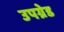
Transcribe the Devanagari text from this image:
उपग्रेड